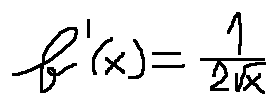
f ^ { \prime } ( x ) = \frac { 1 } { 2 \sqrt { x } }